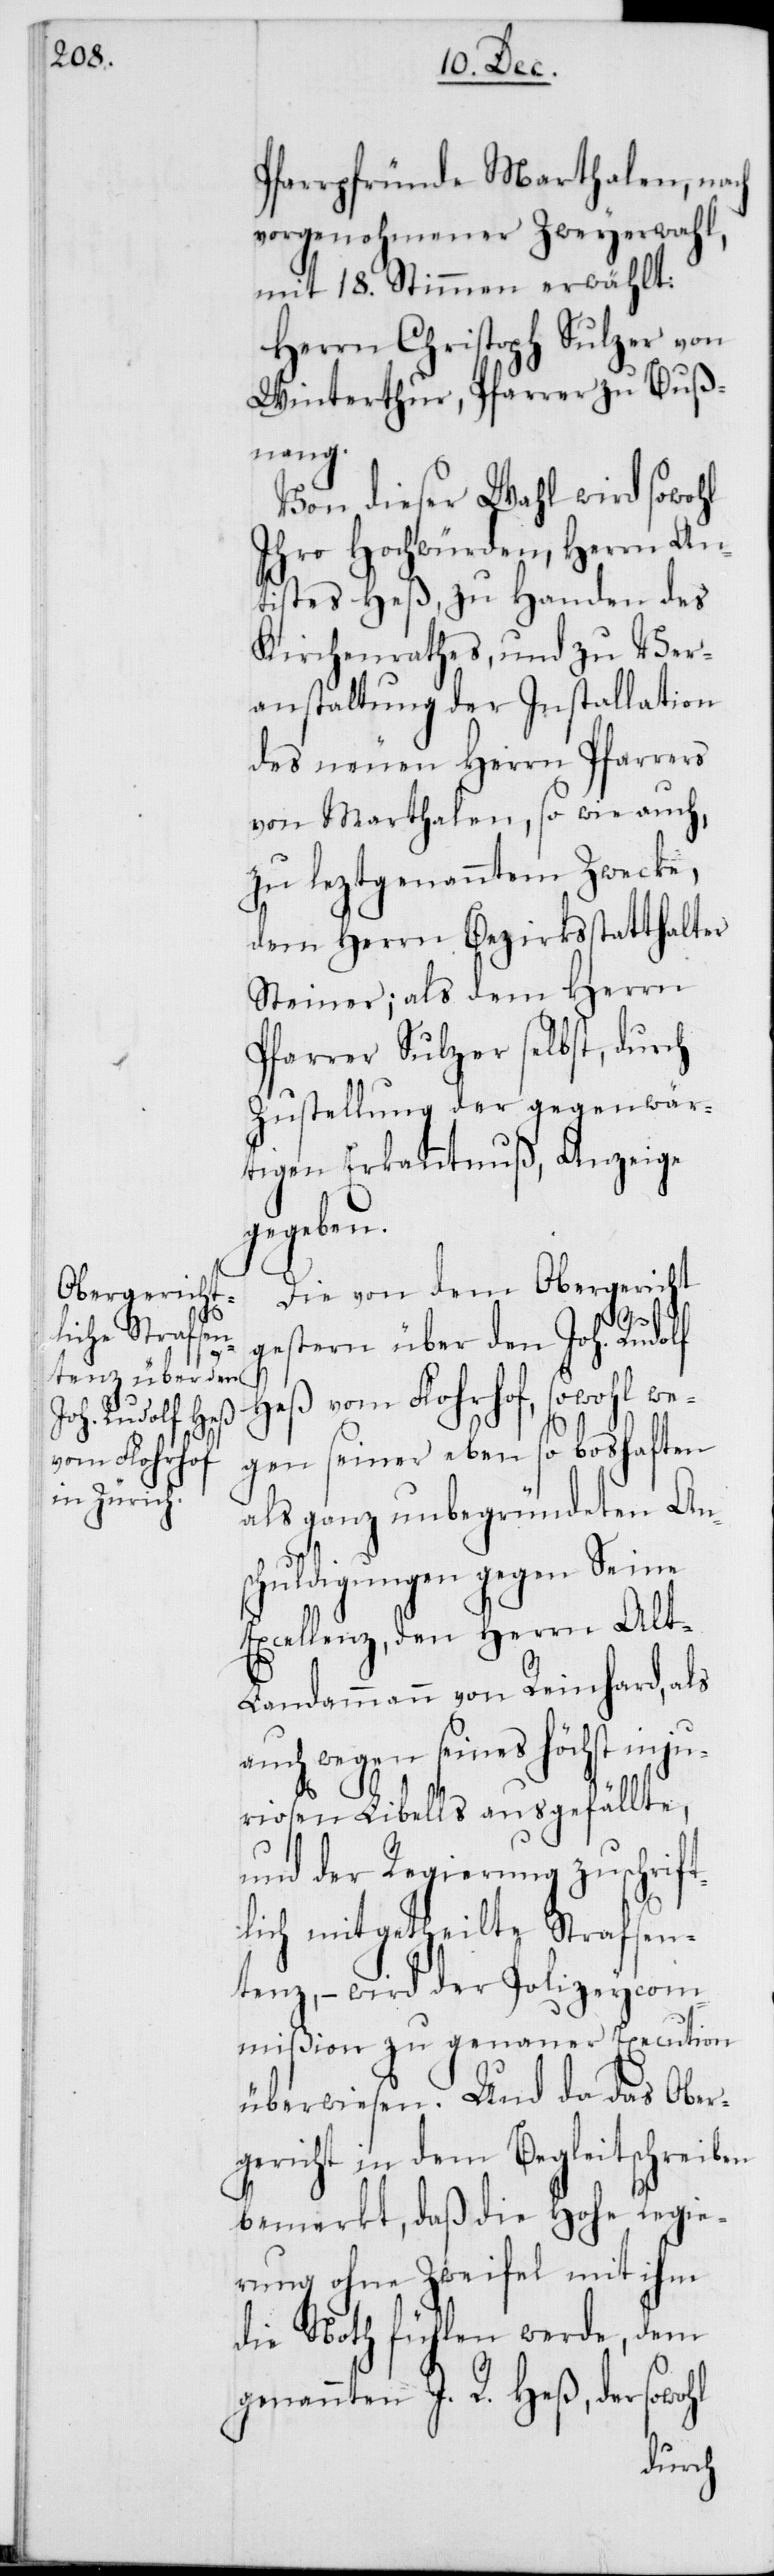
Pfarrpfründe Marthalen, nach
vorgenohmener Zweyerwahl,
mit 18. Stimmen erwählt:
Herrn Christoph Sulzer von
Winterthur, Pfarrer zu Buß¬
nang.
Von dieser Wahl wird sowohl
Ihro Hochwürden, Herrn An¬
tistes Heß, zu Handen des
Kirchenrathes, und zu Ver¬
anstaltung der Installation
des neuen Herrn Pfarrers
von Marthalen, sowie auch,
zu leztgenanntem Zwecke,
dem Herrn Bezirksstatthalter
Steiner; als dem Herrn
Pfarrer Sulzer selbst, durch
Zustellung der gegenwär¬
tigen Erkanntnuß, Anzeige
gegeben.
Die von dem Obergericht
gestern über den Joh. Rudolf
Heß vom Florhof, sowohl we¬
gen seiner eben so boshaften
als ganz unbegründeten Ans¬
chuldigungen gegen Seine
Excellenz, den Herrn Alt-L¬
andammann von Reinhard, als
auch wegen seines höchst inju¬
riosen Libells ausgefällte,
und der Regierung zuschrift¬
lich mitgetheilte Strafsen¬
tenz, – wird der Polizeycom¬
mißion zu genauer Execution
überwiesen. Und da das Ober¬
gericht in dem Begleitschreiben
bemerkt, daß die Hohe Regie¬
rung ohne Zweifel mit ihm
die Noth fühlen werde, dem
genannten J. R. Heß, der sowohl